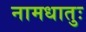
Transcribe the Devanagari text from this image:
नामधातुः